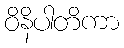
ဝိနိပါတိကာ